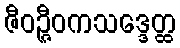
ဇီဝဉ္ဇီဝကသဒ္ဒေတ္ထ